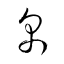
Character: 帛